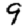
Digit: 9